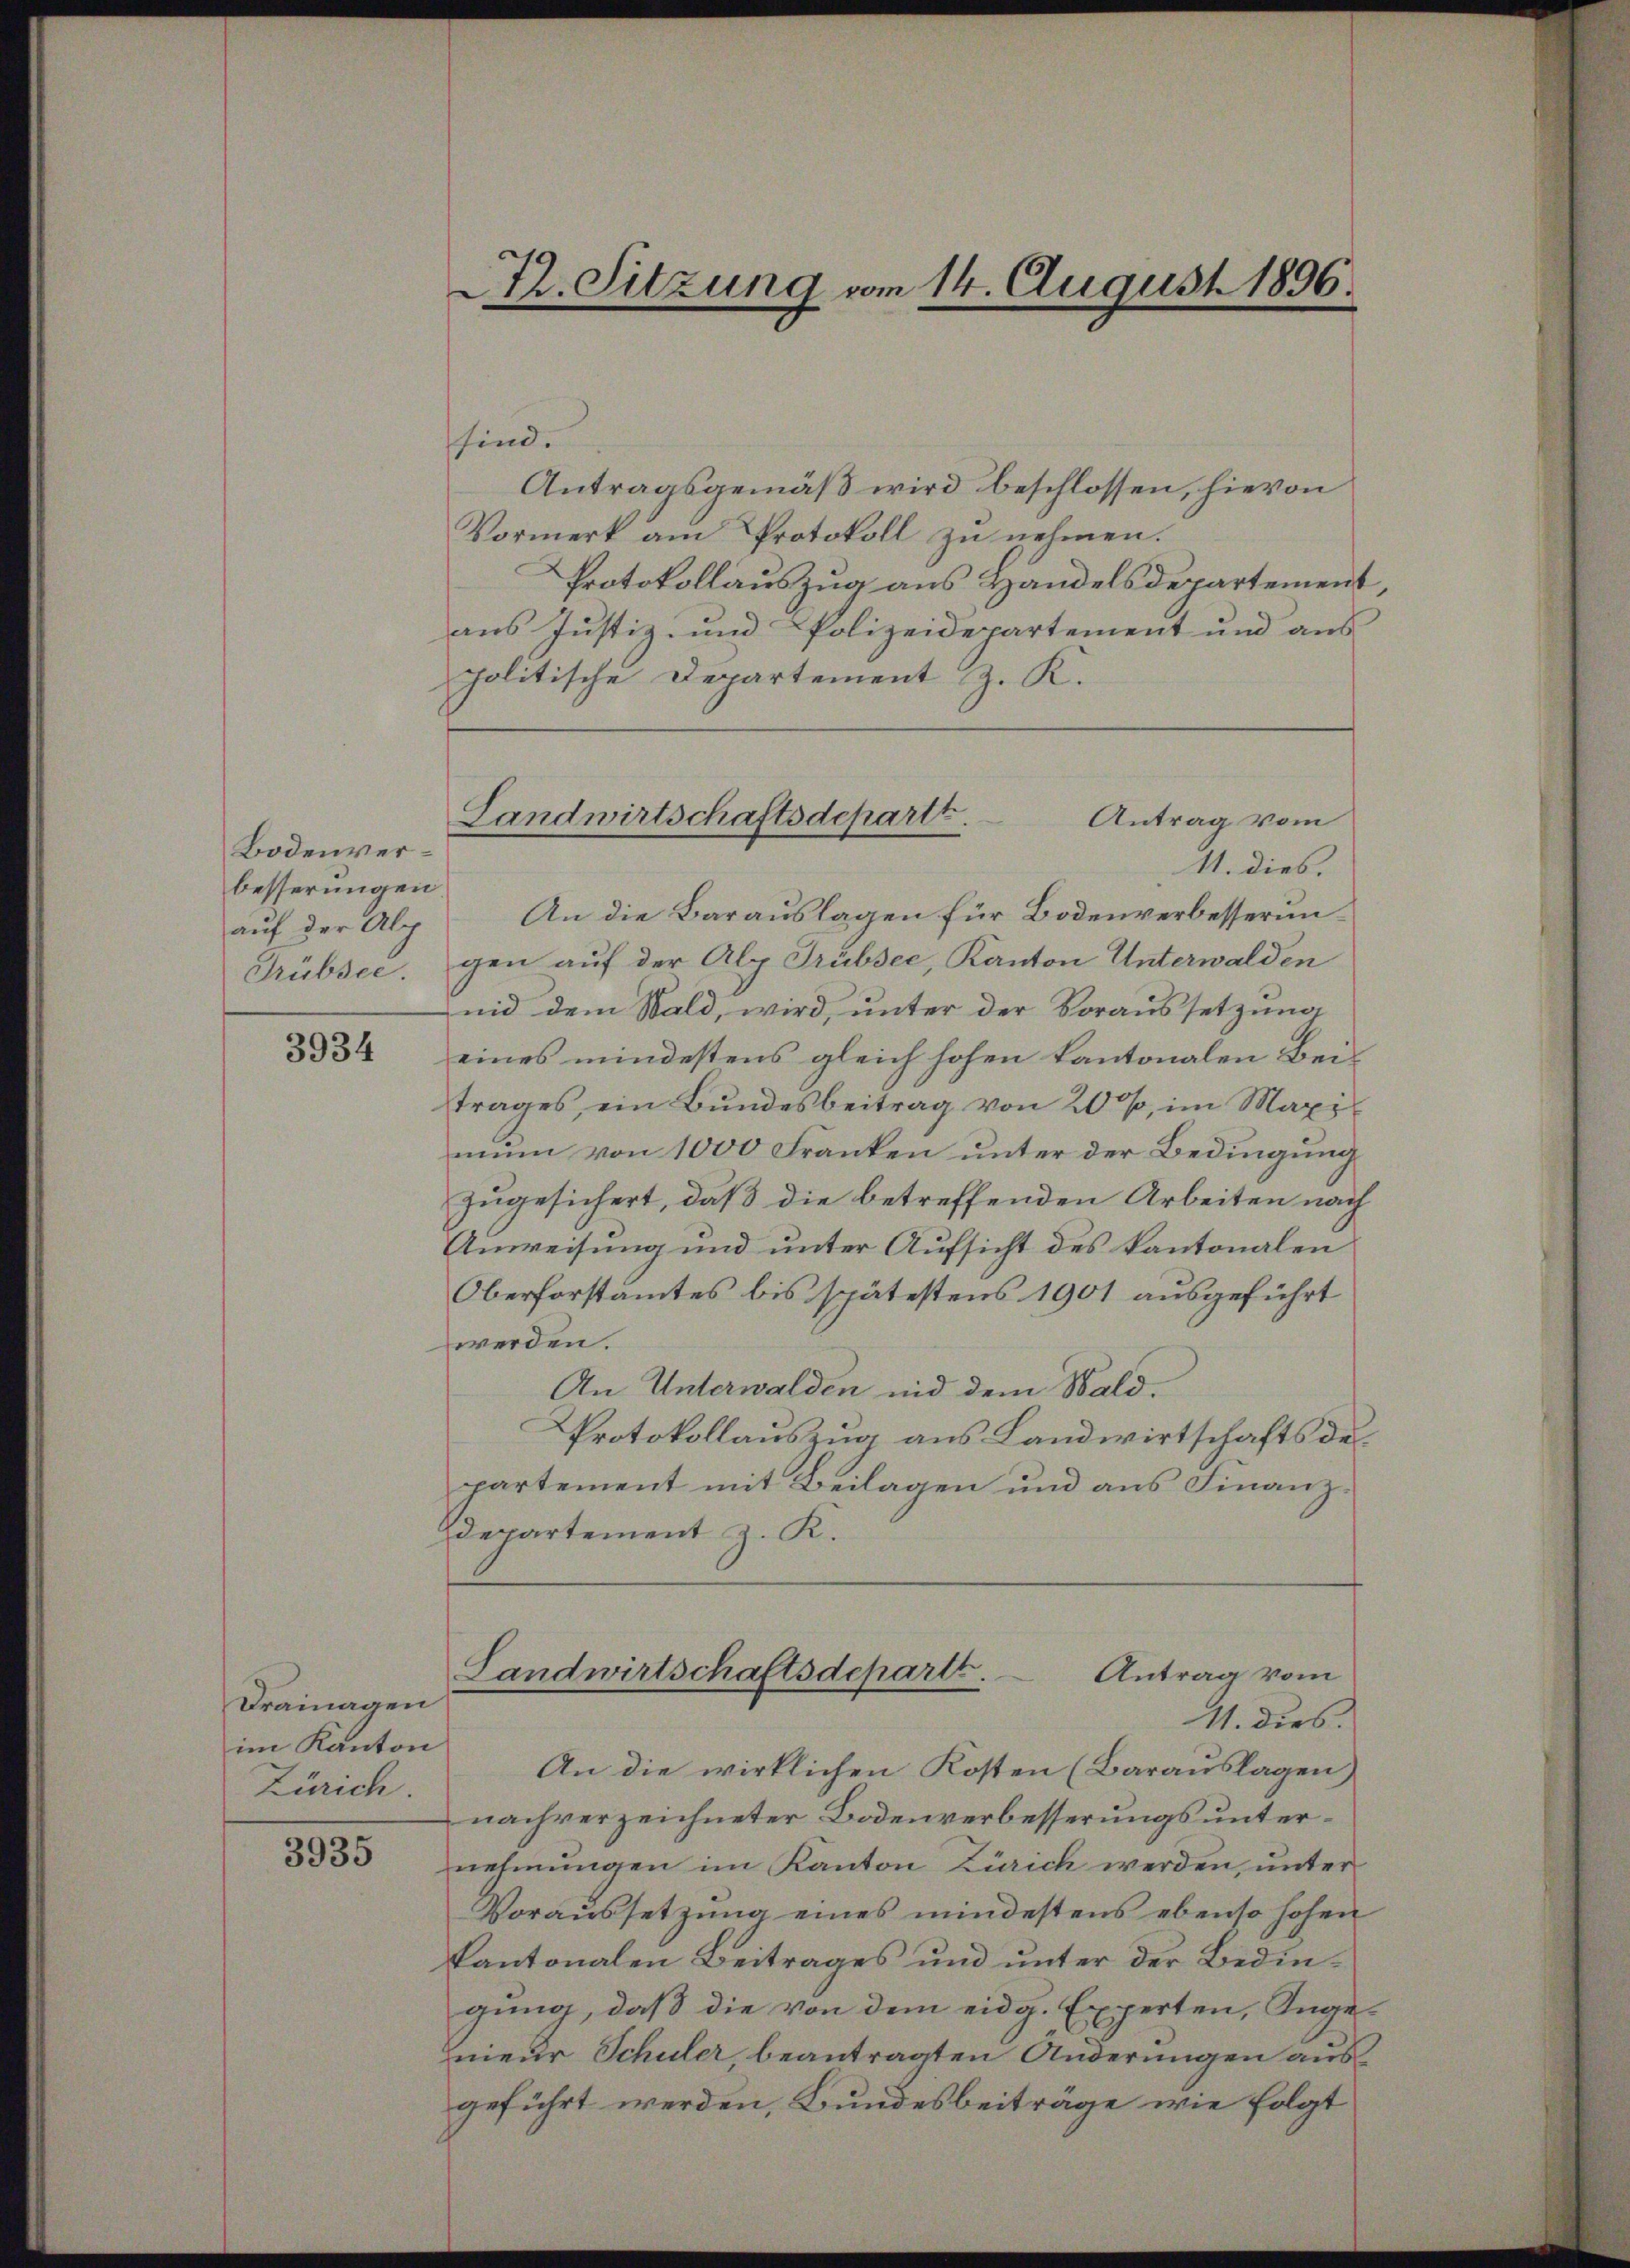
Bodenverbesserungen
auf der Alp
Trubsee.

3934

Dräinagen
im Kanton
Zürich

3935

42. Sitzung vom 14. August 1896
.

sind.
Antragsgemäß wird beschlossen, hievon
Vormerk am Protokoll zu nehmen.
Protokollauszug aus Handelsdepartement
aus Justiz- und Polizeidepartement und aus
politische Departement z. K.
11. dies.
An die Barauslagen für Bodenverbesserungen auf der Alp Trübsee, Kanton Unterwalden
nid dem Wald, wird, unter der Voraussetzung
eines mindestens gleich hohen kantonalen Beitrages, ein Bundesbeitrag von 200, im Maximun von 1000 Franken unter der Bedingung
zugesichert, daß die betreffenden Arbeiten nach
Anweisung und unter Aufsicht des kantonalen
Oberforstamtes bis spätestens 1901 ausgeführt
werden.
An Unterwalden und dem Wald.
Protokollauszug aus Landwirtschafts des
partement mit Beilagen und aus Finanzdepartement z. K.
Landwirtschaftsdeparte.
Antrag vom
11. dies
An die wirklichen Kosten (Barauslagen
nachverzeichneter Bodenverbesserungs unternehmungen im Kanton Zürich werden, unter
Voraussetzung eines mindestens ebenso hohen
kantonalen Beitrages und unter der Bedingung, daß die von dem eidg. Experten, Ingeneur Schuler beantragten Änderungen aus
geführt werden, Bundesbeiträge wie folgt

Landwirtschaftsdepartt.
Antrag vom